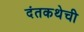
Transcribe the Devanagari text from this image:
दंतकथेची